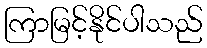
ကြာမြင့်နိုင်ပါသည်